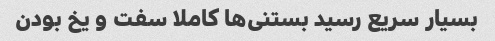
بسیار سریع رسید بستنی‌ها کاملا سفت و یخ بودن